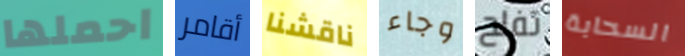
احملها أقامر ناقشنا وجاء تفلح السحابة